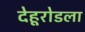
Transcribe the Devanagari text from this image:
देहूरोडला